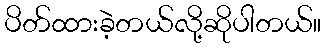
ပိတ်ထားခဲ့တယ်လို့ဆိုပါတယ်။